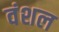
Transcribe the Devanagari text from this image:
वंशल